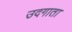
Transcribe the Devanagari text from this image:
उदगाता